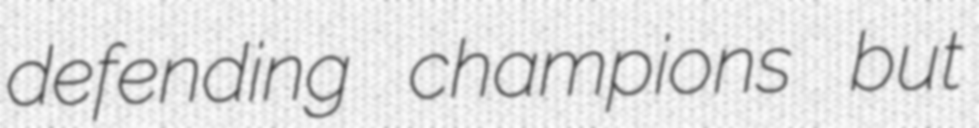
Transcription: defending champions but